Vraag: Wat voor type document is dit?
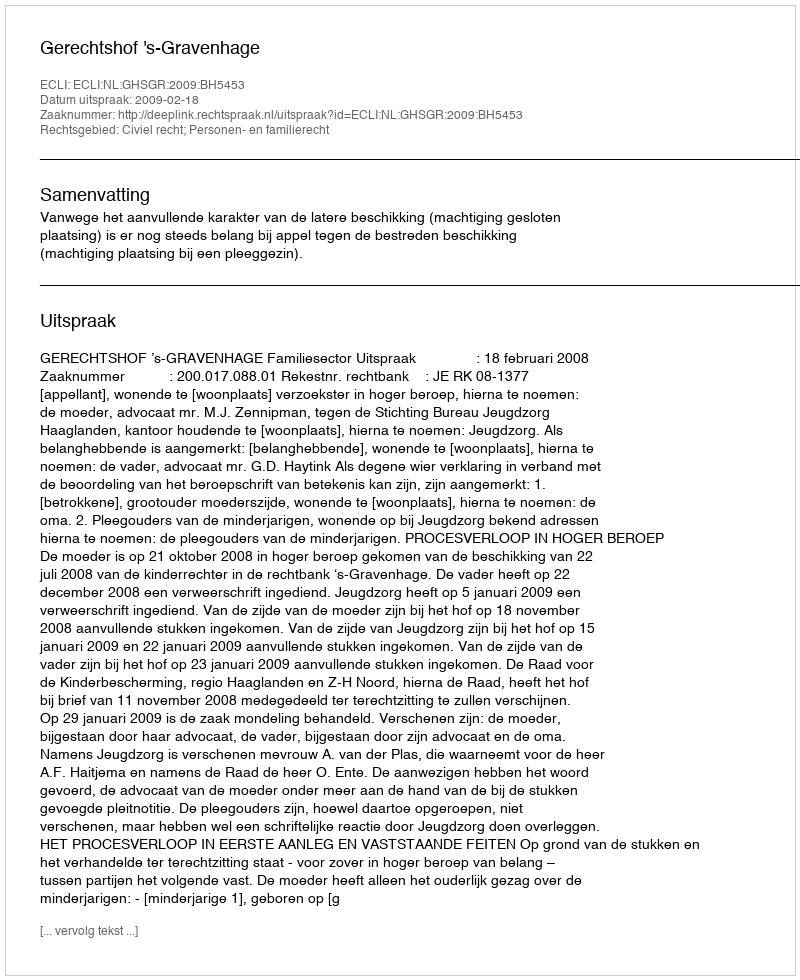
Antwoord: Uitspraak